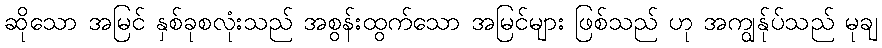
ဆိုသော အမြင် နှစ်ခုစလုံးသည် အစွန်းထွက်သော အမြင်များ ဖြစ်သည် ဟု အကျွန်ုပ်သည် မုချ